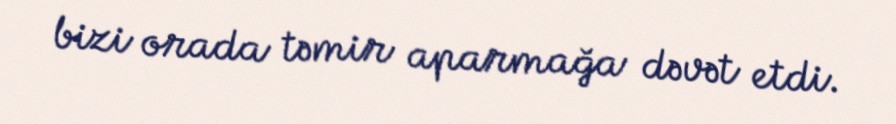
bizi orada təmir aparmağa dəvət etdi.